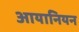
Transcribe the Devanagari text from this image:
आयानियन